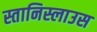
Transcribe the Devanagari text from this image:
स्तानिस्लाउस